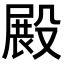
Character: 𣪵